Rangoon Lunatic Asylum 1878-1892 - 1878-1892
Year: 1878
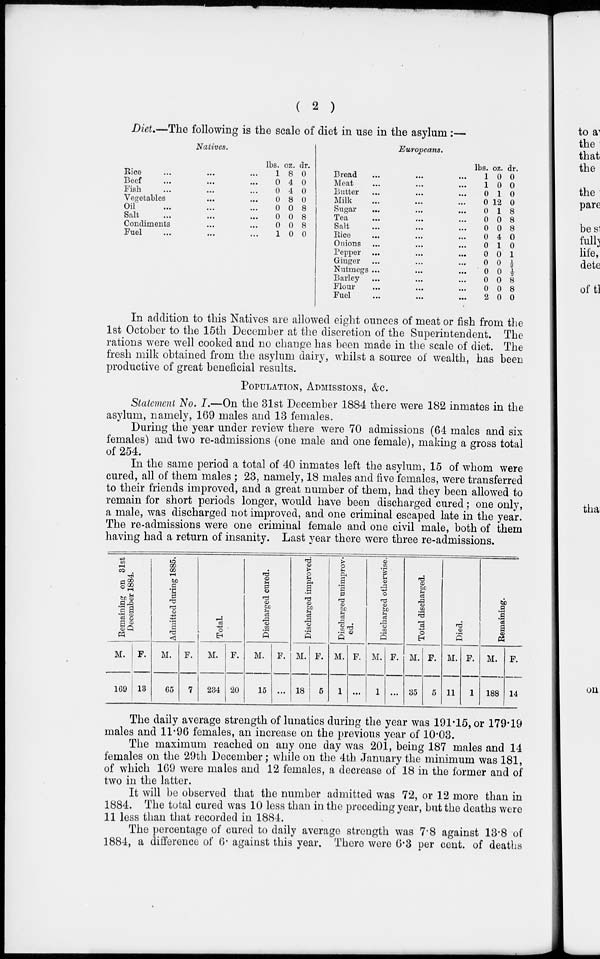
( 2 )
Diet.—The following is the scale of diet in use in the asylum:—
Natives.
Rice ... ... ...
Beef ... ... ...
Fish ... ... ...
Vegetables ... ...
Oil ... ... ...
Salt ... ... ...
Condiments ... ...
Fuel ... ... ...
lbs.
1
0
0
0
0
0
0
1
oz.
8
4
4
8
0
0
0
0
dr.
0
0
0
0
8
8
8
0
Europeans.
Bread
... ... ...
Meat ... ... ...
Butter ... ... ...
Milk ... ... ...
Sugar
... ... ...
Tea ... ... ...
Salt ... ... ...
Rice ... ... ...
Onions ... ... ...
Pepper ... ... ...
Ginger ... ... ...
Nutmegs ... ... ...
Barley ... ... ...
Flour ... ... ...
Fuel ... ... ...
lbs.
1
1
0
0
0
0
0
0
0
0
0
0
0
0
2
oz.
0
0
1
12
1
0
0
4
1
0
0
0
0
0
0
dr.
0
0
0
0
8
8
8
0
0
1
½
½
8
8
0
In addition to this Natives are allowed eight ounces of meat or fish from the
1st October to the 15th December at the discretion of the Superintendent. The
rations were well cooked and no change has been made in the scale of diet. The
fresh milk obtained from the asylum dairy, whilst a source of wealth, has been
productive of great beneficial results.
POPULATION, ADMISSIONS, &c.
Statement No. I.—On the 31st December 1884 there were 182 inmates in the
asylum, namely, 169 males and 13 females.
During the year under review there were 70 admissions (64 males and six
females) and two re-admissions (one male and one female), making a gross total
of 254.
In the same period a total of 40 inmates left the asylum, 15 of whom were
cured, all of them males ; 23, namely, 18 males and five females, were transferred
to their friends improved, and a great number of them, had they been allowed to
remain for short periods longer, would have been discharged cured ; one only,
a male, was discharged not improved, and one criminal escaped late in the year.
The re-admissions were one criminal female and one civil male, both of them
having had a return of insanity. Last year there were three re-admissions.
Remaining on 31st
December 1884.
M.
169
F.
13
Admitted during 1885.
M.
65
F.
7
Total.
M.
234
F.
20
Discharged cured.
M.
15
F.
...
Discharged improved.
M.
18
F.
5
Discharged unimprov-
ed.
M.
1
F.
...
Discharged otherwise.
M.
1
F.
...
Total discharged.
M.
35
F.
5
Died.
M.
11
F.
1
Remaining.
M.
188
F.
14
The daily average strength of lunatics during the year was 191.15, or 179.19
males and 11.96 females, an increase on the previous year of 10.03.
The maximum reached on any one day was 201, being 187 males and 14
females on the 29th December; while on the 4th January the minimum was 181,
of which 169 were males and 12 females, a decrease of 18 in the former and of
two in the latter.
It will be observed that the number admitted was 72, or 12 more than in
1884. The total cured was 10 less than in the preceding year, but the deaths were
11 less than that recorded in 1884.
The percentage of cured to daily average strength was 7.8 against 13.8 of
1884, a difference of 6. against this year. There were 6.3 per cent. of deaths